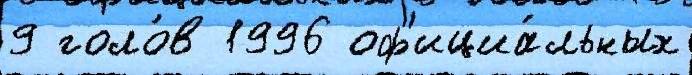
9 голо́в 1996 оф'ициа́льных